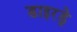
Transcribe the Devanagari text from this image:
डाइरड्रे